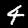
Label: 4